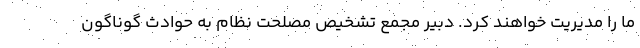
ما را مدیریت خواهند کرد. دبیر مجمع تشخیص مصلحت نظام به حوادث گوناگون